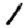
Digit: 1